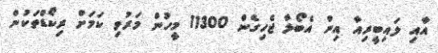
އާއި ލައިބީރިއާ އިން އެބޯލާ ޖެހިގެން 11300 މީހުން މަރުވި ކަމަށް ރިކޯޑްތަކުން